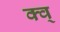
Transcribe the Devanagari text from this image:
क्व्